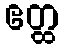
ဧတ္ထ